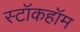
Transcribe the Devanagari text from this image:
स्टॉकहॉम